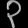
Digit: ၃